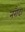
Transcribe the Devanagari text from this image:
नरौदा